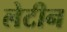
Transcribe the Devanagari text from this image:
लेटीन